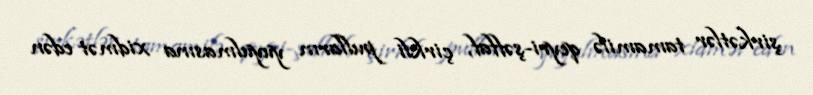
şirkətlər tamamilə qeyri-şəffaf, çirkli pulların yuyulmasına xidmət edən